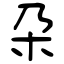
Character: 朶